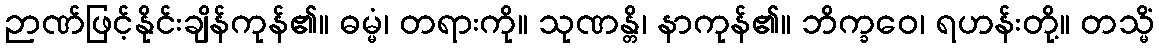
ဉာဏ်ဖြင့်နိုင်းချိန်ကုန်၏။ ဓမ္မံ၊ တရားကို။ သုဏန္တိ၊ နာကုန်၏။ ဘိက္ခဝေ၊ ရဟန်းတို့။ တသ္မိံ